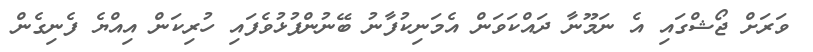
ވަރަށް ޖޯޝްގައި އެ ނަމޫނާ ދައްކަވަން އެމަނިކުފާނު ބޭނުންފުޅުވެފައި ހުރިކަން އިއްޔެ ފެނިގެން